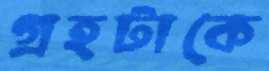
গ্রহটাকে